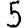
Digit: 5